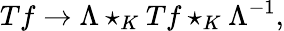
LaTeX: Tf\rightarrow\Lambda\star_{K}Tf\star_{K}\Lambda^{-1},